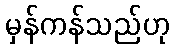
မှန်ကန်သည်ဟု